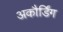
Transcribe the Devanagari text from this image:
अकौर्डिंग